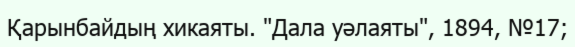
Қарынбайдың хикаяты. "Дала уәлаяты", 1894, №17;